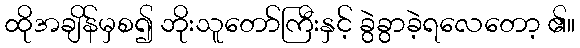
ထိုအချိန်မှစ၍ ဘိုးသူတော်ကြီးနှင့် ခွဲခွာခဲ့ရလေတော့ ၏။